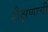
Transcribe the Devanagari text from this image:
शैक्षणाची